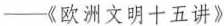
-《欧洲文明十五讲》